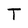
Character: T